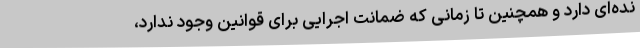
نده‌ای دارد و همچنین تا زمانی که ضمانتِ اجرایی برای قوانین وجود ندارد،